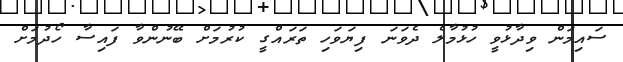
ސައިމަން ވިދާޅުވީ ހުޅުމާލެ ދެވަނަ ފިޔަވަހި ތަރައްގީ ކުރުމަށް ބޭނުންވާ ފައިސާ ހޯދުމަށް